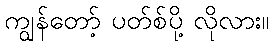
ကျွန်တော့် ပတ်စ်ပို့ လိုလား။